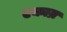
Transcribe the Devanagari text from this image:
एकाम्र